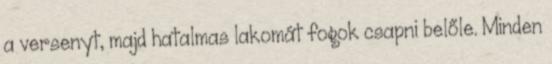
a versenyt, majd hatalmas lakomát fogok csapni belőle. Minden